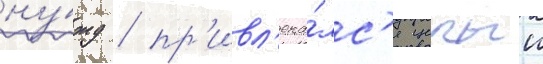
ну́жд / пр'ивл'ека́лс'я целыи